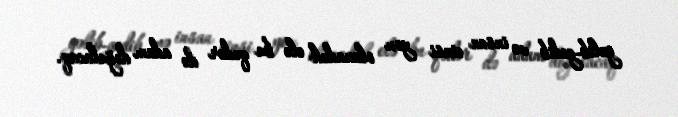
gəlib-gedib və insan cinsi yox olanadək elə bu qədər də adam doğulacaq.